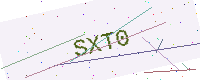
Text: SXT0